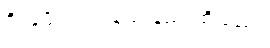
ဒိုင်နမိုလည်း နည်းနည်းထိသည်။